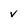
Character: v